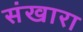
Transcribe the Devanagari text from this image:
संखारा